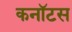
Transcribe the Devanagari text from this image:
कनॉटस